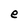
Character: e